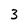
Character: 3